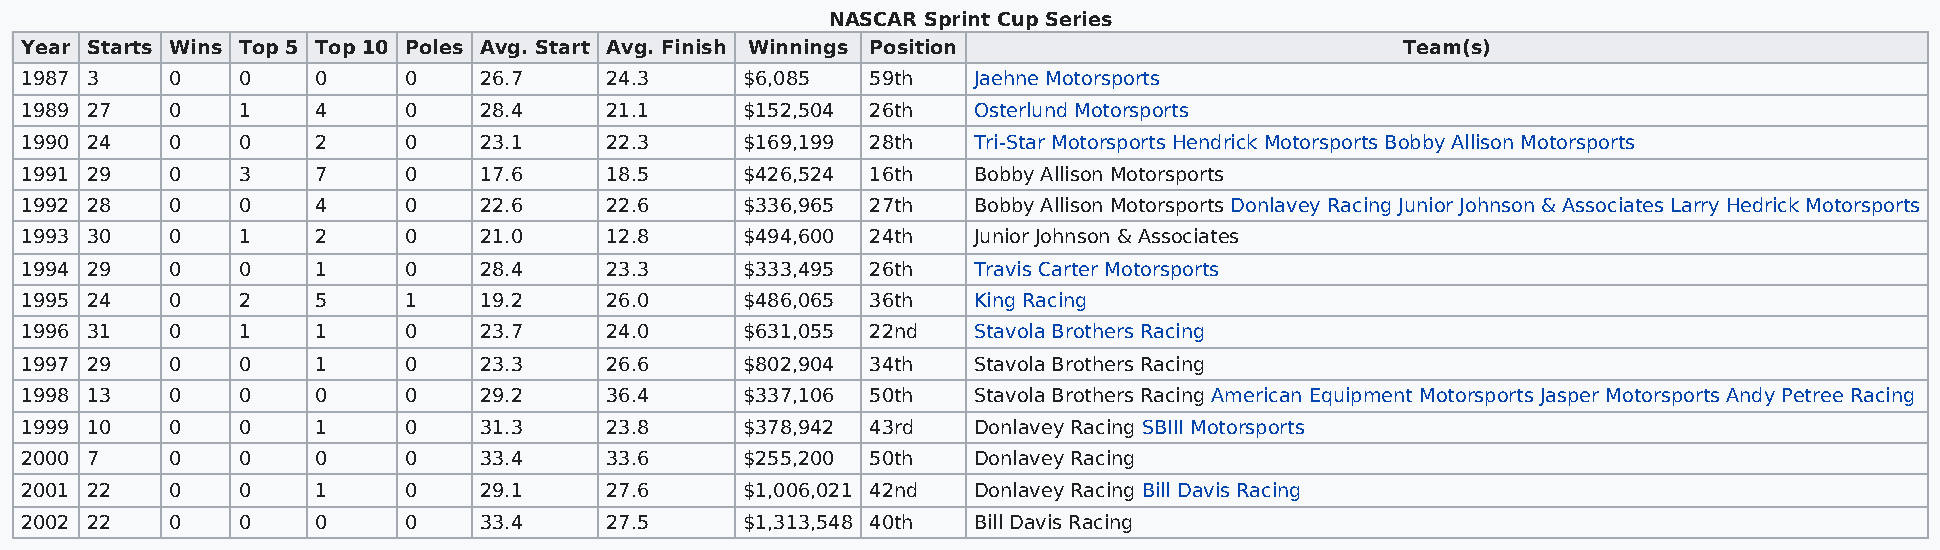
NASCAR Sprint Cup Series
 Year Starts Wins Top 5 Top 10 Poles Avg. Start Avg. Finish Winnings Position                Team(s)
 1987 3    0    0    0     0    26.7    24.3     $6,085   59th  Jaehne Motorsports
 1989 27   0    1    4     0    28.4    21.1     $152,504 26th  Osterlund Motorsports
 1990 24   0    0    2     0    23.1    22.3     $169,199 28th  Tri-Star Motorsports Hendrick Motorsports Bobby Allison Motorsports
 1991 29   0    3    7     0    17.6    18.5     $426,524 16th  Bobby Allison Motorsports
 1992 28   0    0    4     0    22.6    22.6     $336,965 27th  Bobby Allison Motorsports Donlavey Racing Junior Johnson & Associates Larry Hedrick Motorsports
 1993 30   0    1    2     0    21.0    12.8     $494,600 24th  Junior Johnson & Associates
 1994 29   0    0    1     0    28.4    23.3     $333,495 26th  Travis Carter Motorsports
 1995 24   0    2    5     1    19.2    26.0     $486,065 36th  King Racing
 1996 31   0    1    1     0    23.7    24.0     $631,055 22nd  Stavola Brothers Racing
 1997 29   0    0    1     0    23.3    26.6     $802,904 34th  Stavola Brothers Racing
 1998 13   0    0    0     0    29.2    36.4     $337,106 50th  Stavola Brothers Racing American Equipment Motorsports Jasper Motorsports Andy Petree Racing
 1999 10   0    0    1     0    31.3    23.8     $378,942 43rd  Donlavey Racing SBIII Motorsports
 2000 7    0    0    0     0    33.4    33.6     $255,200 50th  Donlavey Racing
 2001 22   0    0    1     0    29.1    27.6     $1,006,021 42nd Donlavey Racing Bill Davis Racing
 2002 22   0    0    0     0    33.4    27.5     $1,313,548 40th Bill Davis Racing